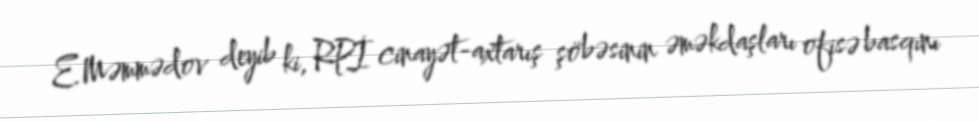
E.Məmmədov deyib ki, RPİ cinayət-axtarış şöbəsinin əməkdaşları ofisə basqını